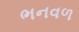
ભનવળ